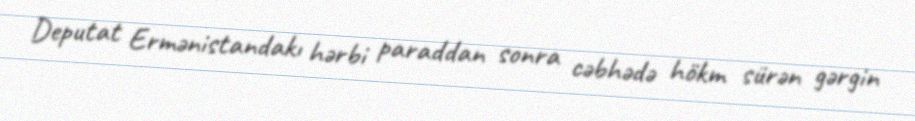
Deputat Ermənistandakı hərbi paraddan sonra cəbhədə hökm sürən gərgin